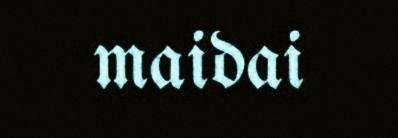
maidai